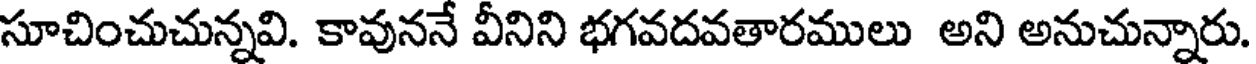
సూచించుచున్నవి. కావుననే వీనిని భగవదవతారములు అని అనుచున్నారు